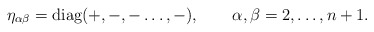
\begin{align*}\eta_{\alpha \beta} = {\rm diag} (+,-,- \dots , -) , ~~~\quad \alpha, \beta = 2, \dots ,n+1.\end{align*}